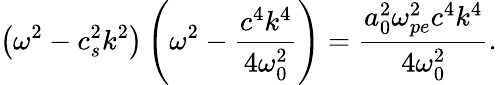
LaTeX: \left(\omega^{2}-c_{s}^{2}k^{2}\right)\left(\omega^{2}-\frac{c^{4}k^{4}}{4\omega_{0}^{2}}\right)=\frac{a_{0}^{2}\omega_{pe}^{2}c^{4}k^{4}}{4\omega_{0}^{2}}.